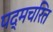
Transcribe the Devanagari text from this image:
पद्मचरित